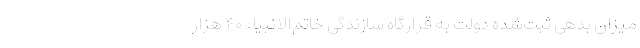
میزان بدهی ثبت‌شده دولت به قرارگاه سازندگی خاتم‌الانبیاء ۴۰ هزار